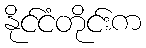
နိုင်ငံတိုင်းက